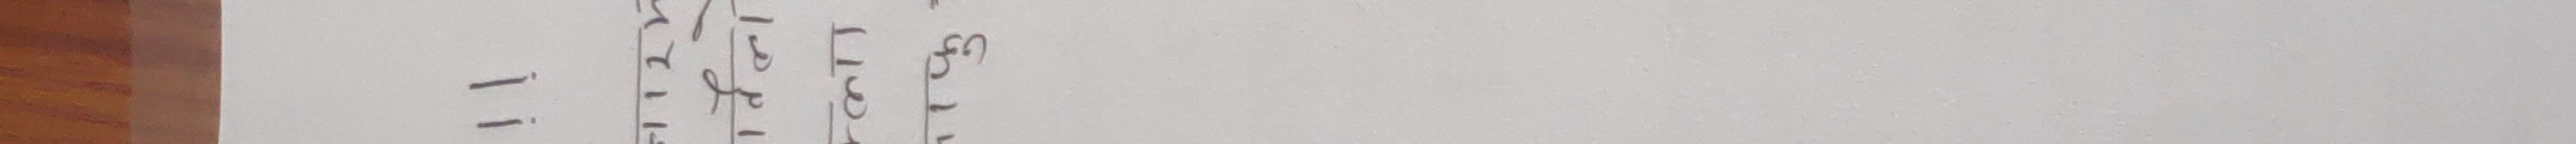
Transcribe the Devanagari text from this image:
-=
पनि एक ईन्च सम्म